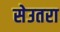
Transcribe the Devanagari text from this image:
सेउतरा